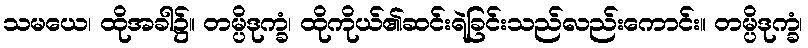
သမယေ၊ ထိုအခါ၌။ တမ္ပိဒုက္ခံ၊ ထိုကိုယ်၏ဆင်းရဲခြင်းသည်လည်းကောင်း။ တမ္ပိဒုက္ခံ၊